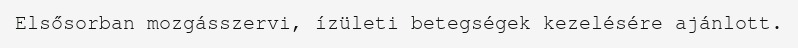
Elsősorban mozgásszervi, ízületi betegségek kezelésére ajánlott.